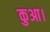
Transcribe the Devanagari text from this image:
कुआ।